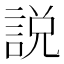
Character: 説